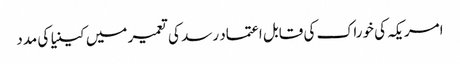
امریکہ کی خوراک کی قابل اعتماد رسد کی تعمیر میں کینیا کی مدد